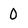
Character: 0